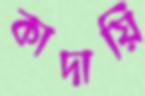
কাদায়ি